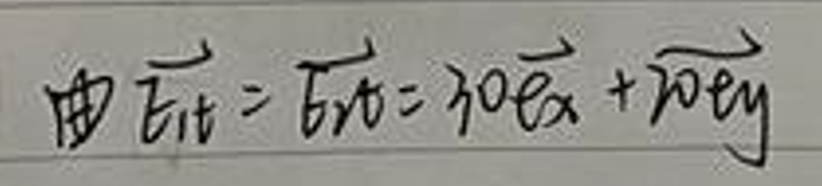
由\(\overrightarrow{E_{1t}}=\overrightarrow{E_{2t}} = 30\overrightarrow{e_x}+20\overrightarrow{e_y}\)